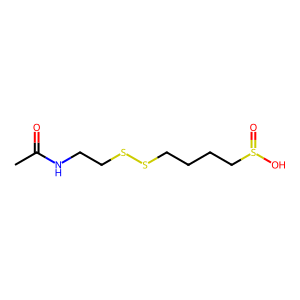
SMILES: CC(=O)NCCSSCCCCS(=O)O
Inhibits HIV replication: No